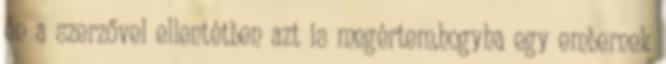
én a szerzővel ellentétben azt is megértem,hogyha egy embernek